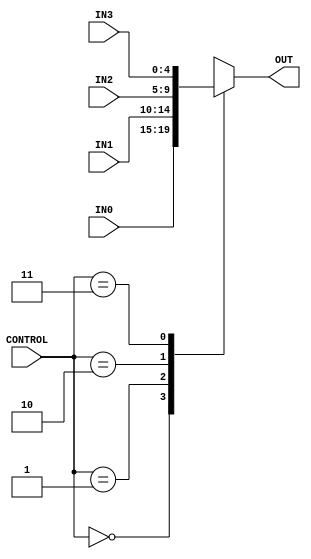
`timescale 1ns / 1ps
//////////////////////////////////////////////////////////////////////////////////
// Company: University of Edinburgh
// 
// Design Name: Snake Game 2016
// Module Name: Multiplexer
// Project Name: Snake_Game
// Target Devices: BASYS3
// Tool Versions: 2015.3
// Description: 4-to-1 Multiplexer
// 
// Dependencies: 
// 
// Revision:
// Revision 0.01 - File Created
// Additional Comments:
// 
//////////////////////////////////////////////////////////////////////////////////


module Multiplexer_4way(
    input [1:0] CONTROL,
    input [4:0] IN0,
    input [4:0] IN1,
    input [4:0] IN2,
    input [4:0] IN3,
    output reg [4:0] OUT
    );
    
    always@(    CONTROL or
                IN0     or
                IN1     or
                IN2     or
                IN3
                )
        begin
            case(CONTROL)
                2'b00       : OUT <= IN0; 
                2'b01       : OUT <= IN1;
                2'b10       : OUT <= IN2;
                2'b11       : OUT <= IN3;
                default : OUT <= 5'b00000;
            endcase
        end            
                
endmodule